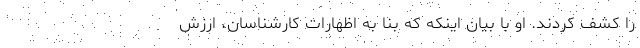
را کشف کردند. او با بیان اینکه که بنا به اظهارات کارشناسان، ارزش